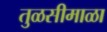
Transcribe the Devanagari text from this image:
तुळसीमाळा